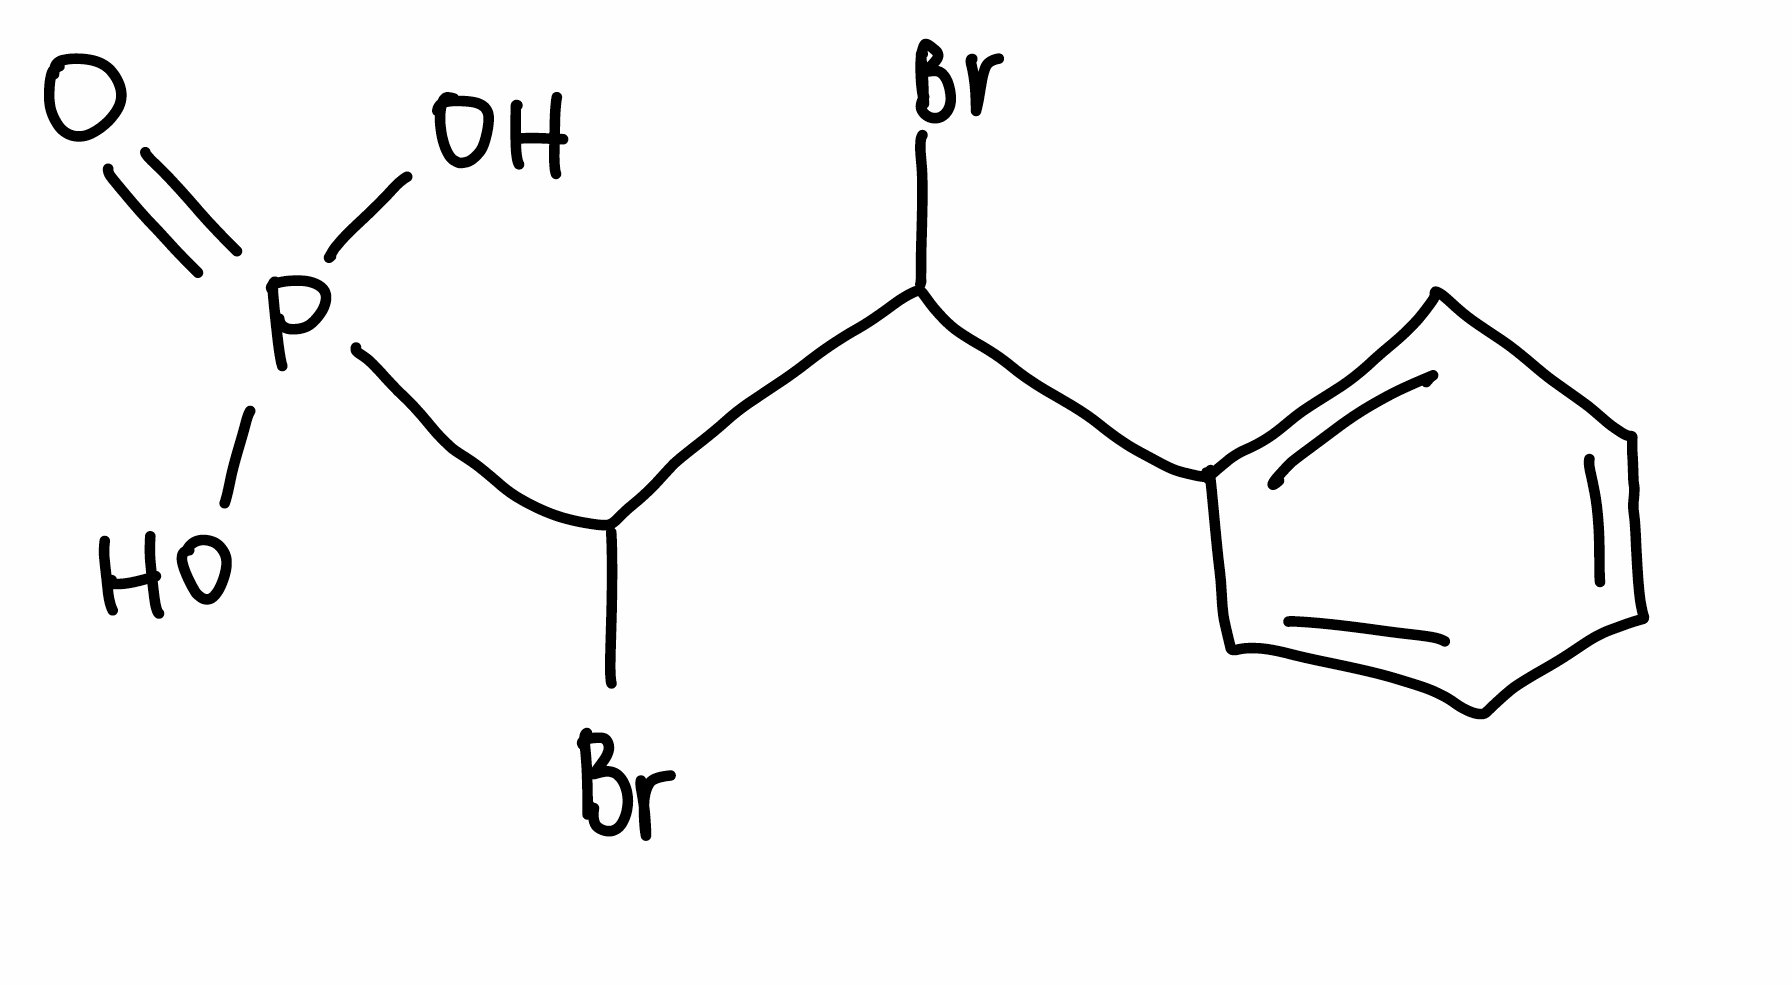
Simplified molecular-input line-entry system (SMILES) notation of the given molecule:
C1=CC=C(C=C1)C(C(P(=O)(O)O)Br)Br